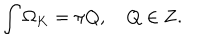
LaTeX: \int \Omega _ { K } = \pi Q , \quad Q \in { \bf Z } .